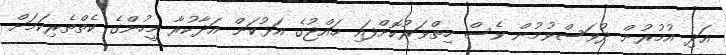
އަދި އުމުރުން ދުވަސްވުމުން ވެސް ހިތްވަރުކޮށްފައި ހައްޖުގެ އަޅުކަން އަދާކުރާ މީހުންގެ ކެތްތެރިކަމަށް